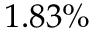
1 . 8 3 \%